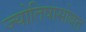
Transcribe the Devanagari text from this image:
ज्योतिषासोबत